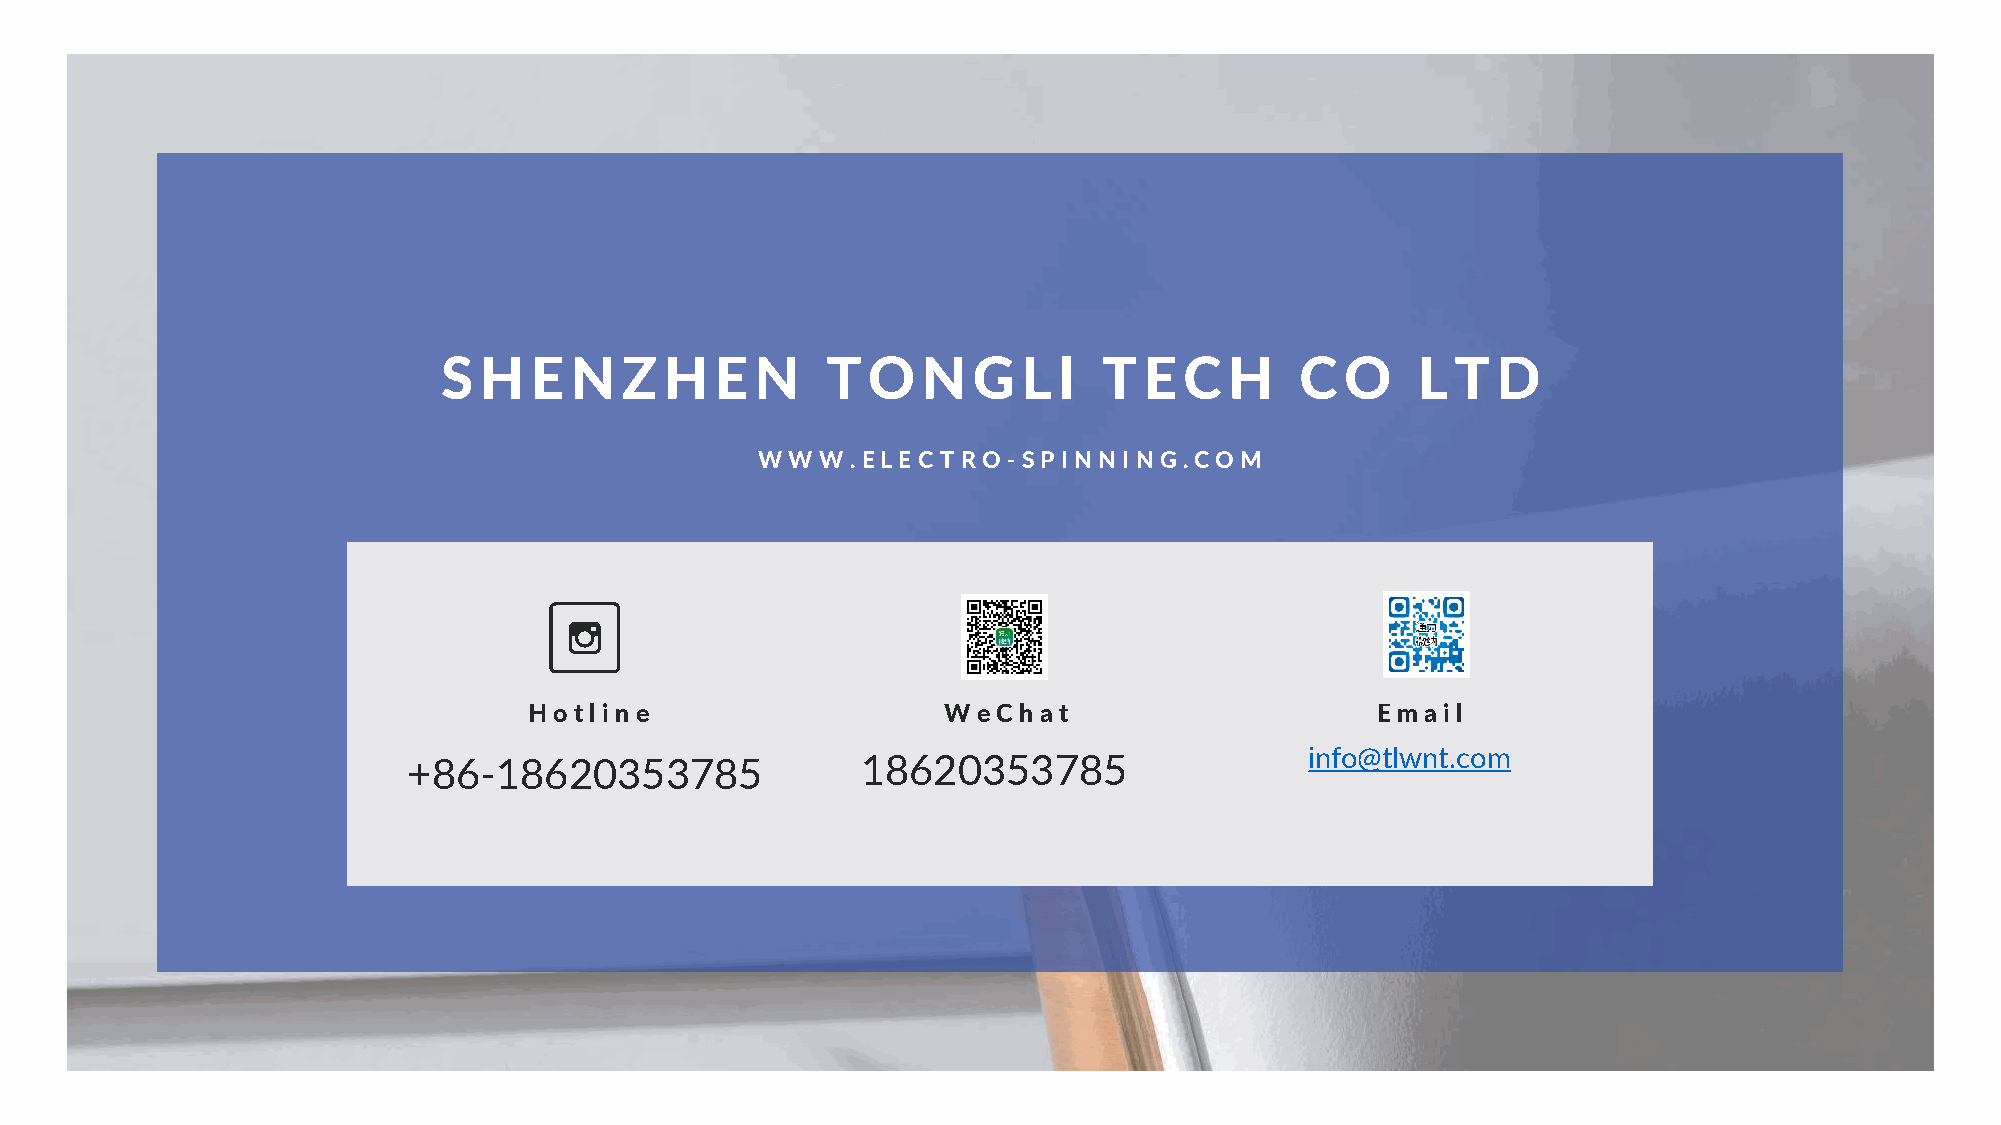
SHE      NZHE        N    T O   NG     L I  T  E C  H    C  O    L T  D
 WWW.   E LE C T R O -SPI NNI NG . COM
 Ho t lin e                 W  e C h at                  Email
 info@tlwnt.com
 +86-18620353785               18620353785